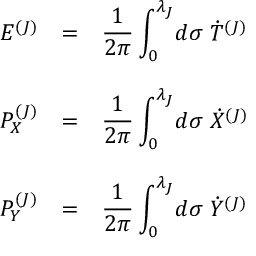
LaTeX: \begin{array} { l c l } { { E ^ { ( J ) } } } & { { = } } & { { { \displaystyle \frac { 1 } { 2 \pi } \int _ { 0 } ^ { \lambda _ { J } } \! d \sigma ~ { \dot { T } } ^ { ( J ) } } } } \\ { { } } & { { } } & { { } } \\ { { P _ { X } ^ { ( J ) } } } & { { = } } & { { { \displaystyle \frac { 1 } { 2 \pi } \int _ { 0 } ^ { \lambda _ { J } } \! d \sigma { } ~ { \dot { X } } ^ { ( J ) } } } } \\ { { } } & { { } } & { { } } \\ { { P _ { Y } ^ { ( J ) } } } & { { = } } & { { { \displaystyle \frac { 1 } { 2 \pi } \int _ { 0 } ^ { \lambda _ { J } } \! d \sigma { } ~ { \dot { Y } } ^ { ( J ) } } } } \end{array}